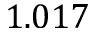
1 . 0 1 7